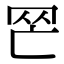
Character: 𦉺